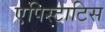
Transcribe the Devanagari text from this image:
एपिस्टाटिस